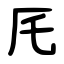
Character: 厇